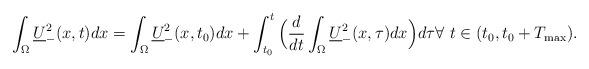
LaTeX: \begin{align*}\int_\Omega \underline U_-^2(x,t)dx=\int_\Omega \underline U_-^2(x,t_0)dx+\int_{t_0}^t \Big(\frac{d}{dt}\int_{\Omega}\underline U_-^2(x,\tau)dx\Big)d\tau\forall\,\, t\in (t_0,t_0+T_{\max}).\end{align*}